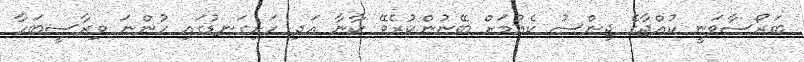
ބަރޯސާވަނީ ކުއްޖާގެ ޖިންސު ކެއުމަށް ބޭނުންކުރެވޭ ކާނާ އަދި ހަށިގަނޑުގައި ހުންނަ ވިރާސީބަހާ